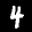
Label: 4